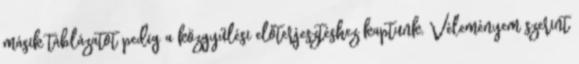
másik táblázatot pedig a közgyűlési előterjesztéshez kaptunk. Véleményem szerint